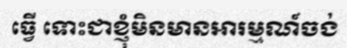
ធ្វើ ទោះជាខ្ញុំមិនមានអារម្មណ៍ចង់